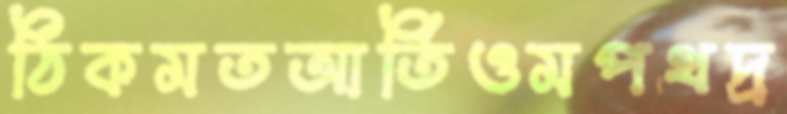
ঠিকমতআর্তিওমপথদ্র